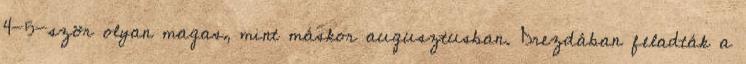
4-5-ször olyan magas, mint máskor augusztusban. Drezdában feladták a